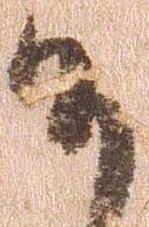
候